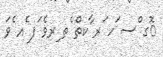
ޮގ ްސ ަހ ަރ ާކތް ެތ ިރވެ ަފ ެއ ެވަ